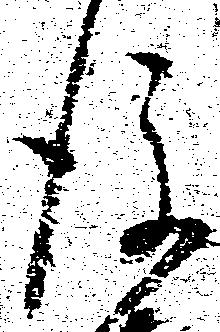
後